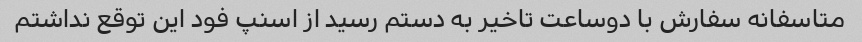
متاسفانه سفارش با دوساعت تاخیر به دستم رسید از اسنپ فود این توقع نداشتم